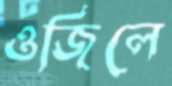
ওজিলে